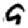
Digit: 9